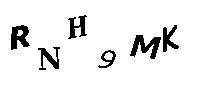
RNH9MK